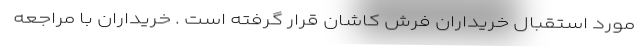
مورد استقبال خریداران فرش کاشان قرار گرفته است . خریداران با مراجعه